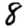
Digit: 8